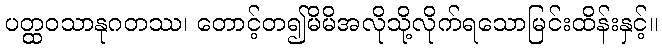
ပတ္ထဝသာနုဂတဿ၊ တောင့်တ၍မိမိအလိုသို့လိုက်ရသောမြင်းထိန်းနှင့်။